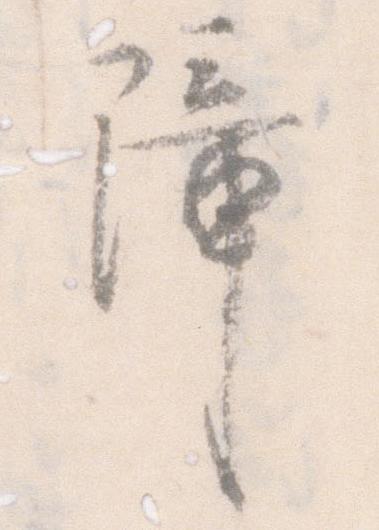
障